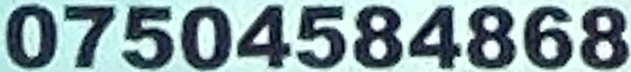
07504584868